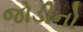
જોડીનો